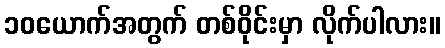
၁၀ယောက်အတွက် တစ်ဝိုင်းမှာ လိုက်ပါလား။